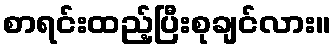
စာရင်းထည့်ပြီးစုချင်လား။